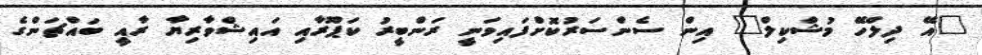
"އޭ ދިލްހޭ މުޝްކިލް" އިން ސެންސަރުކޮށްފައިވަނީ ރަންބީރު ކަޕޫރާއި އައިޝްވާރިޔާ ރާއީ ބައްޗަންގެ